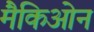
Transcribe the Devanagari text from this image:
मैकिओन